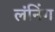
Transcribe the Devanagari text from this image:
लंनिंग